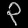
Digit: ၃